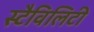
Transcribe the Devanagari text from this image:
स्टैविलिटी